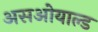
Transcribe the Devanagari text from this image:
असओयाल्ड